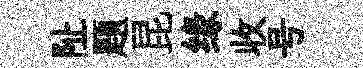
阯题昆缘收号